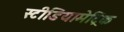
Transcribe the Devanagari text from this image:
स्टीडियामेट्रिक